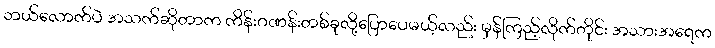
ဘယ်လောက်ပဲ အသက်ဆိုတာက ကိန်းဂဏန်းတစ်ခုလို့ပြောပေမယ့်လည်း မှန်ကြည့်လိုက်တိုင်း အသားအရေက